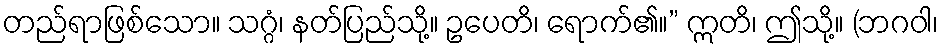
တည်ရာဖြစ်သော။ သဂ္ဂံ၊ နတ်ပြည်သို့။ ဥပေတိ၊ ရောက်၏။” ဣတိ၊ ဤသို့။ (ဘဂဝါ၊